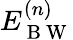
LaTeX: E_{\mathrm{~B~W~}}^{(n)}